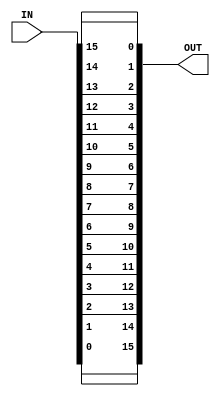
module Diverser_16bits(IN,OUT);
	input [0:15]IN;
	output [15:0]OUT;

	assign OUT[0]=IN[0];
	assign OUT[1]=IN[1];
	assign OUT[2]=IN[2];
	assign OUT[3]=IN[3];
	assign OUT[4]=IN[4];
	assign OUT[5]=IN[5];
	assign OUT[6]=IN[6];
	assign OUT[7]=IN[7];
	assign OUT[8]=IN[8];
	assign OUT[9]=IN[9];
	assign OUT[10]=IN[10];
	assign OUT[11]=IN[11];
	assign OUT[12]=IN[12];
	assign OUT[13]=IN[13];
	assign OUT[14]=IN[14];
	assign OUT[15]=IN[15];
endmodule